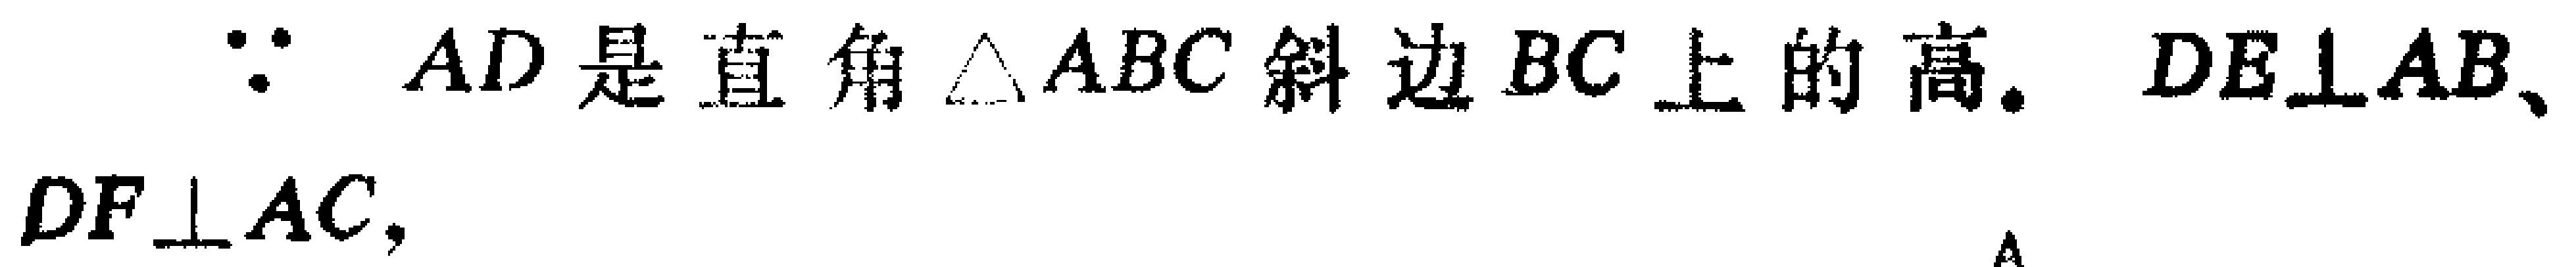
$\because AD是直角\triangle ABC斜边BC上的高. DE\bot AB、DF\bot AC,$